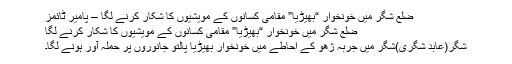
ضلع شگر میں خونخوار “بھیڑیا” مقامی کسانوں کے مویشیوں کا شکار کرنے لگا – پامیر ٹائمز
ضلع شگر میں خونخوار “بھیڑیا” مقامی کسانوں کے مویشیوں کا شکار کرنے لگا
شگر(عابد شگری)شگر میں جربہ ژھو کے احاطے میں خونخوار بھیڑیا پالتو جانوروں پر حملہ آور ہونے لگا۔